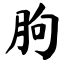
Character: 朐